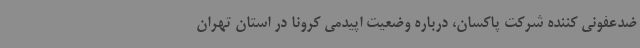
ضدعفونی کننده شرکت پاکسان، درباره وضعیت اپیدمی کرونا در استان تهران